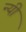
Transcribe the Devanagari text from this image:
न्यी